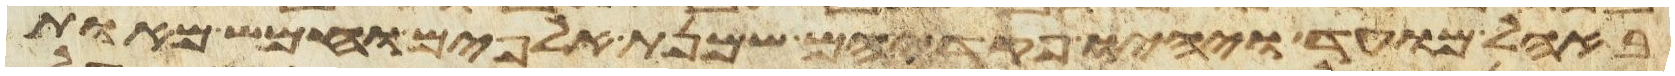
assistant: באהל מועד ויהיו פקדיהם שמנת אלפים וחמש מאות